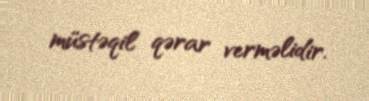
müstəqil qərar verməlidir.